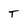
Character: T